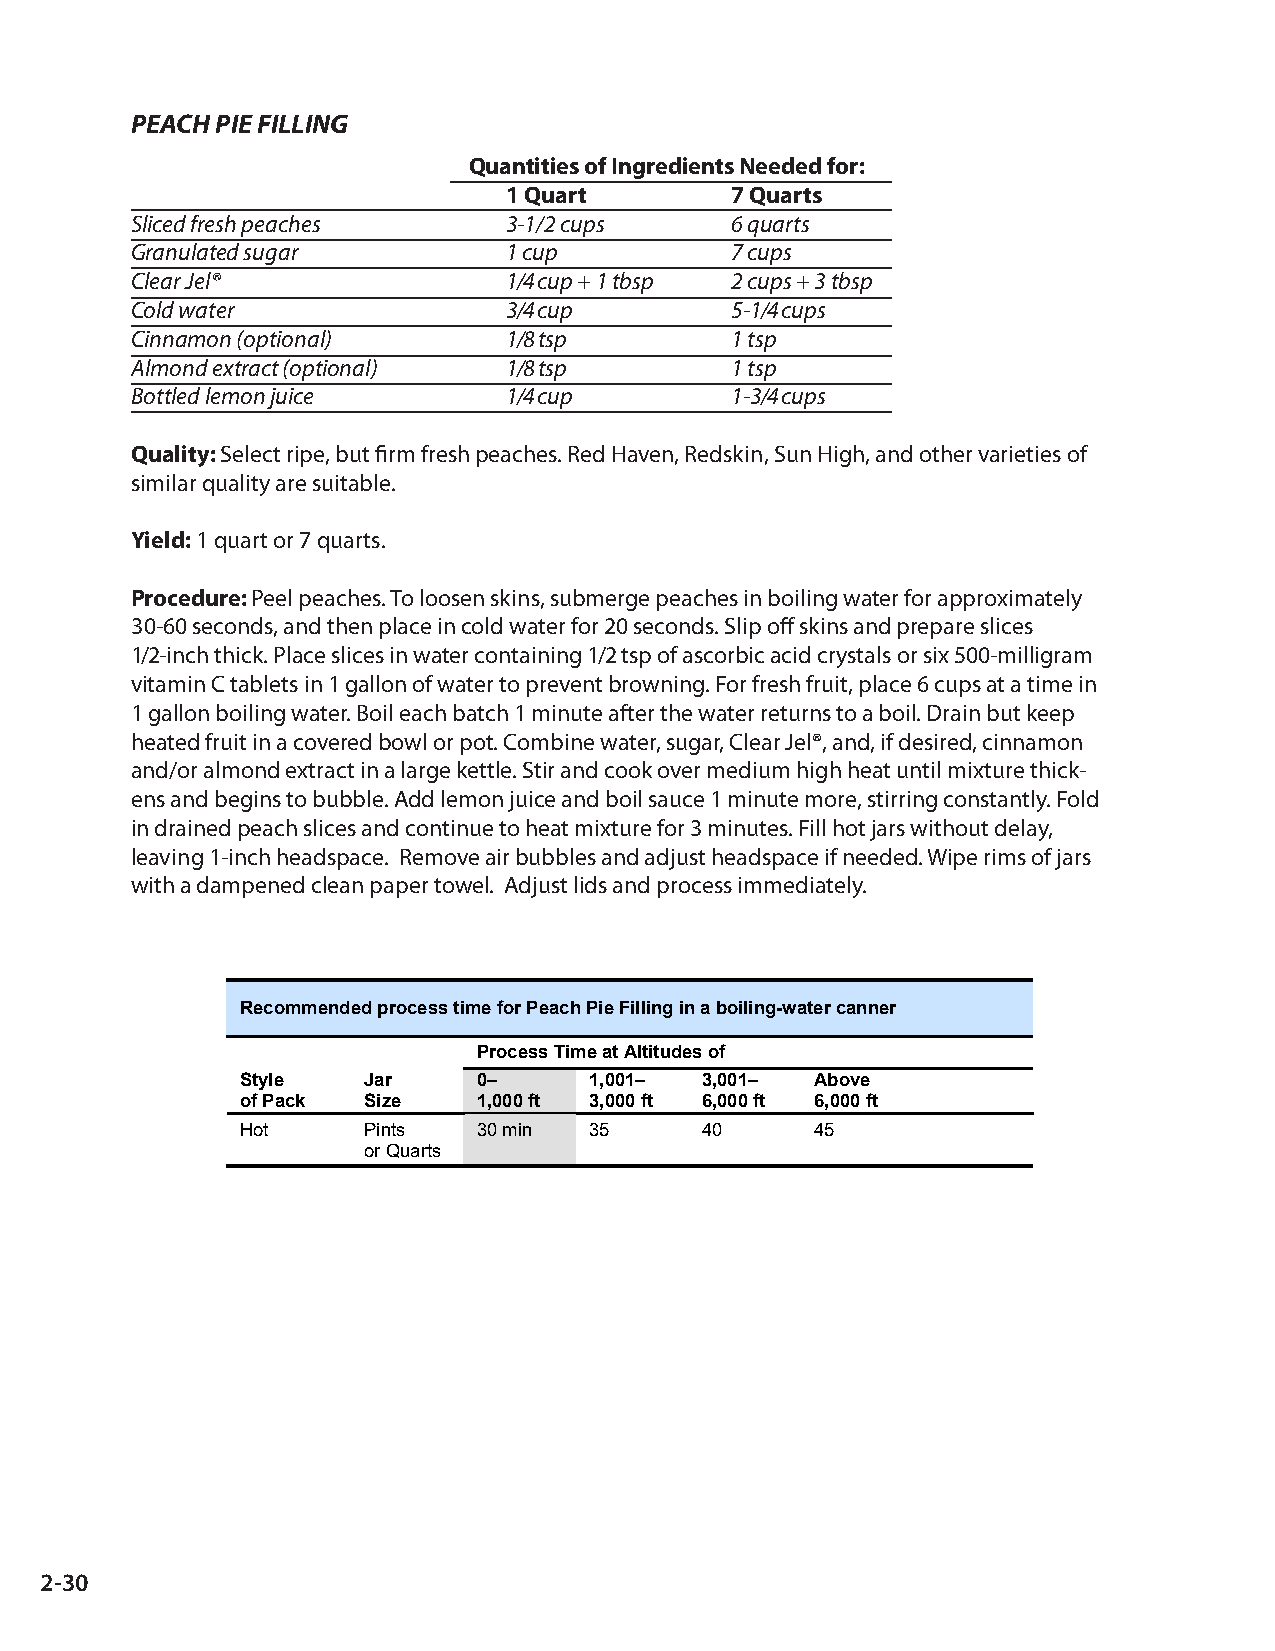
PEACH PIE FILLING
 Quantities of Ingredients Needed for:
 1 Quart       7 Quarts
 Sliced fresh peaches     3-1/2 cups    6 quarts
 Granulated sugar         1 cup         7 cups
 Clear Jel®               1/4 cup + 1 tbsp 2 cups + 3 tbsp
 Cold water               3/4 cup       5-1/4 cups
 Cinnamon (optional)      1/8 tsp       1 tsp
 Almond extract (optional) 1/8 tsp      1 tsp
 Bottled lemon juice      1/4 cup       1-3/4 cups
 Quality: Select ripe, but firm fresh peaches. Red Haven, Redskin, Sun High, and other varieties of
 similar quality are suitable.
 Yield: 1 quart or 7 quarts.
 Procedure: Peel peaches. To loosen skins, submerge peaches in boiling water for approximately
 30-60 seconds, and then place in cold water for 20 seconds. Slip off skins and prepare slices
 1/2-inch thick. Place slices in water containing 1/2 tsp of ascorbic acid crystals or six 500-milligram
 vitamin C tablets in 1 gallon of water to prevent browning. For fresh fruit, place 6 cups at a time in
 1 gallon boiling water. Boil each batch 1 minute after the water returns to a boil. Drain but keep
 heated fruit in a covered bowl or pot. Combine water, sugar, Clear Jel®, and, if desired, cinnamon
 and/or almond extract in a large kettle. Stir and cook over medium high heat until mixture thick-
 ens and begins to bubble. Add lemon juice and boil sauce 1 minute more, stirring constantly. Fold
 in drained peach slices and continue to heat mixture for 3 minutes. Fill hot jars without delay,
 leaving 1-inch headspace. Remove air bubbles and adjust headspace if needed. Wipe rims of jars
 Peach Pie Filling
 with a dampened clean paper towel. Adjust lids and process immediately.
 Recommended process time for Peach Pie Filling in a boiling-water canner
 Process Time at Altitudes of
 Style   Jar     0–     1,001– 3,001–  Above
 of Pack Size    1,000 ft 3,000 ft 6,000 ft 6,000 ft
 Hot     Pints   30�min 35     40      45
 or�Quarts
 2-30